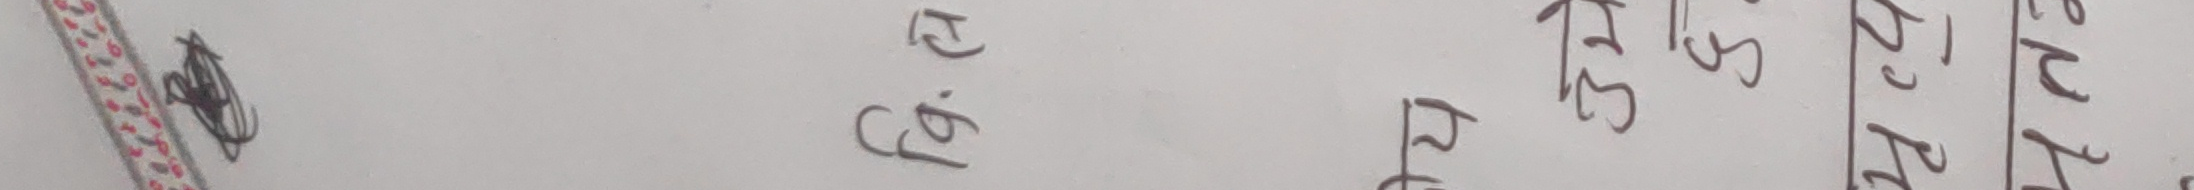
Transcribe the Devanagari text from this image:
ट ५ २
जि ३ प
सि १ १
२
प
ए